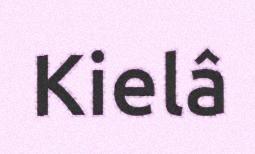
Kielâ